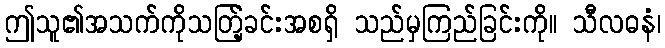
ဤသူ၏အသက်ကိုသတ်ြ့ခင်းအစရှိ သည်မှကြည်ခြင်းကို။ သီလဓနံ၊